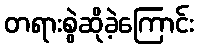
တရားစွဲဆိုခဲ့ကြောင်း